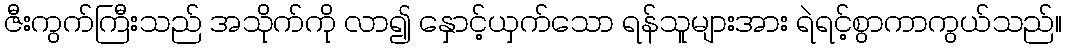
ဇီးကွက်ကြီးသည် အသိုက်ကို လာ၍ နှောင့်ယှက်သော ရန်သူများအား ရဲရင့်စွာကာကွယ်သည်။